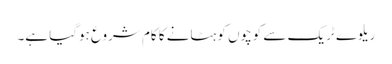
ریلوے ٹریک سے کوچوں کو ہٹانے کا کام شروع ہوگیا ہے۔